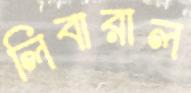
লিবারাল